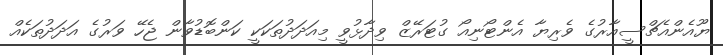
ޔޫއެންއެޗްސީއާރުގެ ވެރިޔާ އެންޓޯނިއޯ ގުޓަރޭޒް ވިދާޅުވީ މިއަދަދުތަކަކީ ކަންބޮޑުވާން ޖެހޭ ވަރުގެ އަދަދުތަކެއް